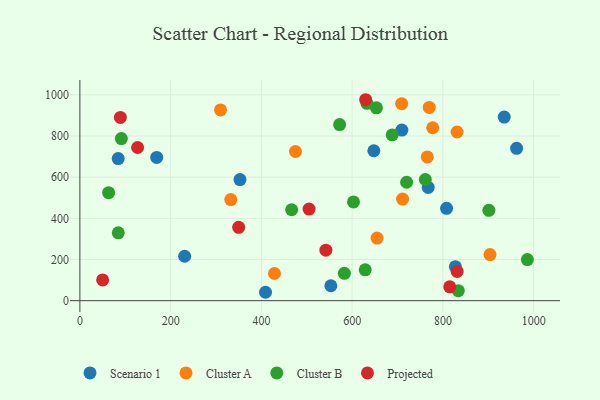
{"axis": {"x": "Experience", "y": "Fuel Efficiency"}, "legend": ["Cluster A", "Cluster B", "Projected", "Scenario 1"], "data": [{"x": "767.6", "y": 550.3, "type": "Scenario 1"}, {"x": "647.8", "y": 728.3, "type": "Scenario 1"}, {"x": "553.1", "y": 72.5, "type": "Scenario 1"}, {"x": "84.4", "y": 690.3, "type": "Scenario 1"}, {"x": "808.1", "y": 448.8, "type": "Scenario 1"}, {"x": "169.3", "y": 696.1, "type": "Scenario 1"}, {"x": "935.2", "y": 892.1, "type": "Scenario 1"}, {"x": "709.6", "y": 829.0, "type": "Scenario 1"}, {"x": "409.1", "y": 40.8, "type": "Scenario 1"}, {"x": "962.5", "y": 739.9, "type": "Scenario 1"}, {"x": "827.5", "y": 165.0, "type": "Scenario 1"}, {"x": "352.8", "y": 588.3, "type": "Scenario 1"}, {"x": "230.9", "y": 215.8, "type": "Scenario 1"}, {"x": "428.8", "y": 132.0, "type": "Cluster A"}, {"x": "831.3", "y": 819.4, "type": "Cluster A"}, {"x": "765.6", "y": 698.2, "type": "Cluster A"}, {"x": "332.5", "y": 490.9, "type": "Cluster A"}, {"x": "709.2", "y": 957.1, "type": "Cluster A"}, {"x": "903.8", "y": 224.1, "type": "Cluster A"}, {"x": "711.1", "y": 493.5, "type": "Cluster A"}, {"x": "654.9", "y": 304.0, "type": "Cluster A"}, {"x": "309.9", "y": 926.6, "type": "Cluster A"}, {"x": "777.6", "y": 840.1, "type": "Cluster A"}, {"x": "769.9", "y": 938.9, "type": "Cluster A"}, {"x": "475.1", "y": 724.8, "type": "Cluster A"}, {"x": "603.0", "y": 479.5, "type": "Cluster B"}, {"x": "720.1", "y": 575.2, "type": "Cluster B"}, {"x": "632.6", "y": 958.6, "type": "Cluster B"}, {"x": "84.6", "y": 329.4, "type": "Cluster B"}, {"x": "466.7", "y": 441.8, "type": "Cluster B"}, {"x": "833.9", "y": 48.4, "type": "Cluster B"}, {"x": "572.4", "y": 855.6, "type": "Cluster B"}, {"x": "628.8", "y": 150.0, "type": "Cluster B"}, {"x": "761.3", "y": 588.7, "type": "Cluster B"}, {"x": "688.3", "y": 805.4, "type": "Cluster B"}, {"x": "91.4", "y": 787.4, "type": "Cluster B"}, {"x": "986.2", "y": 199.8, "type": "Cluster B"}, {"x": "653.5", "y": 937.0, "type": "Cluster B"}, {"x": "63.3", "y": 524.5, "type": "Cluster B"}, {"x": "582.9", "y": 132.7, "type": "Cluster B"}, {"x": "901.3", "y": 438.9, "type": "Cluster B"}, {"x": "89.2", "y": 890.2, "type": "Projected"}, {"x": "349.9", "y": 356.3, "type": "Projected"}, {"x": "629.8", "y": 976.2, "type": "Projected"}, {"x": "542.1", "y": 245.2, "type": "Projected"}, {"x": "50.1", "y": 100.8, "type": "Projected"}, {"x": "831.4", "y": 141.9, "type": "Projected"}, {"x": "505.1", "y": 445.2, "type": "Projected"}, {"x": "127.2", "y": 744.1, "type": "Projected"}, {"x": "815.1", "y": 67.5, "type": "Projected"}]}